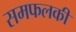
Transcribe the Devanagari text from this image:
समफलकी